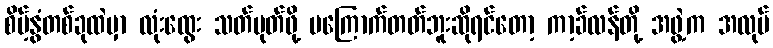
စိမ့်နွံတစ်ခုထဲမှာ လုံးထွေး သတ်ပုတ်ဖို့ မကြောက်တတ်ဘူးဆိုရင်တော့ ကာ့ခ်လန်တို့ အဖွဲ့က အလုပ်